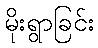
မိုးရွာခြင်း